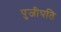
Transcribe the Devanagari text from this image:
पुजीपति